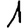
Digit: 1